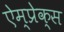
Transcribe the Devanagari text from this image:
ऐम्प्रेक्स